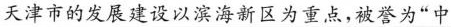
天津市的发展建设以滨海新区为重点，被誉为”中